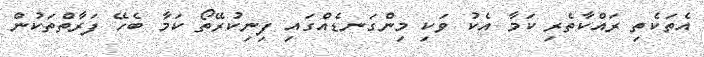
އެތަކެތި ރައްކާތެރި ކަމާ އެކު ވަކި މިންގަނޑެއްގައި ފިނިކުރޭތޯ ކަމާ ބެހޭ ފަރާތްތަކުން